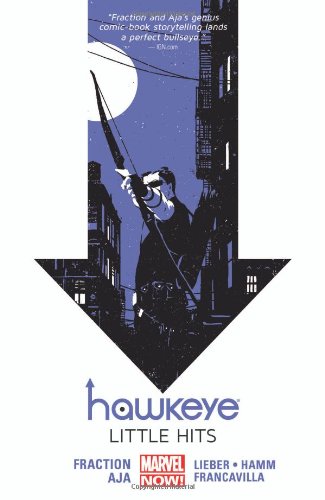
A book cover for Hawkeye, Vol. 2: Little Hits; Matt Fraction; Comics & Graphic Novels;